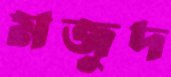
মজুদ